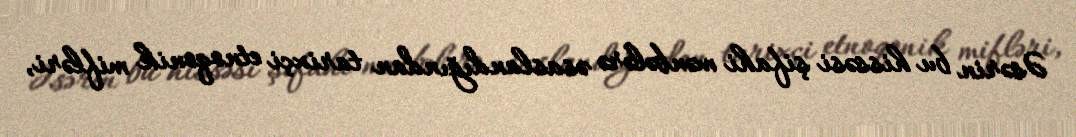
Əsərin bu hissəsi şifahi mənbələrə əsaslandığından tarixçi etnoqonik mifləri,